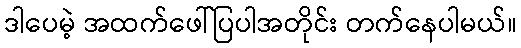
ဒါပေမဲ့ အထက်ဖေါ်ပြပါအတိုင်း တက်နေပါမယ်။